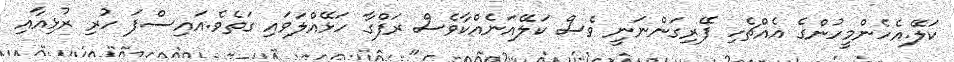
ކަލޭ.އެހެންމީހުންގެ އެއްޗެހި ފޭރިގަންނަނީ ވެސް ކަލޭއަނެއްކާވެސް ރަފްގާ ހަޅޭއްލަވައި ގަތެވެ.އައިސްފަ ހުރި ރުޅިއާއި